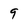
Character: 9